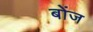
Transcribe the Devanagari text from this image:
बोंज